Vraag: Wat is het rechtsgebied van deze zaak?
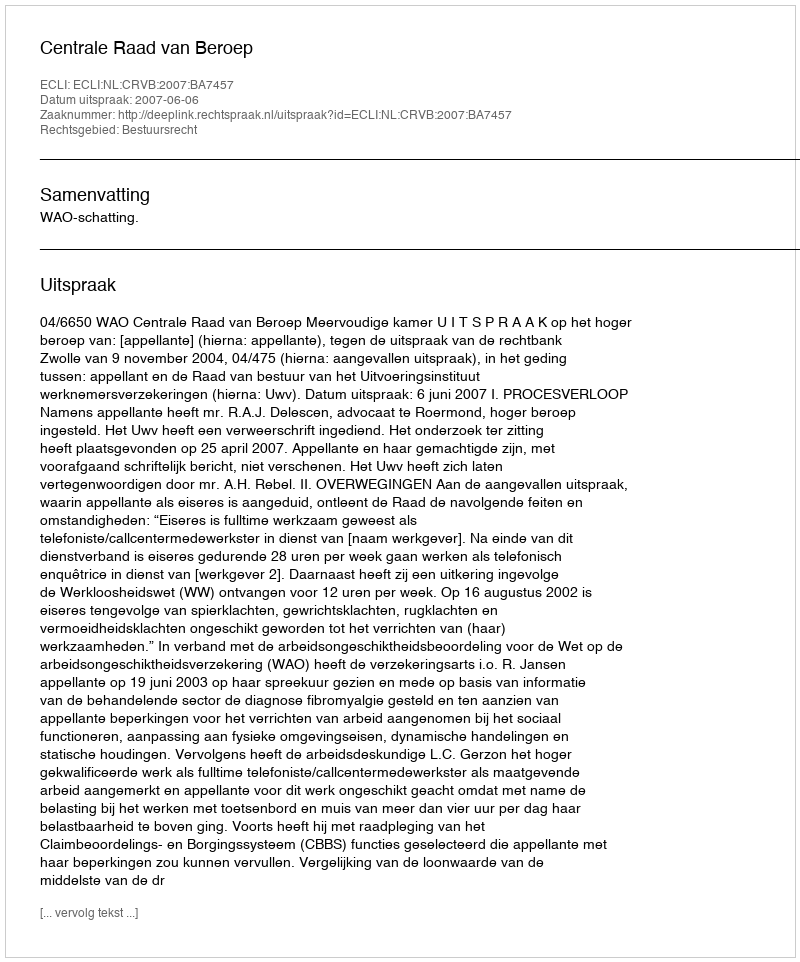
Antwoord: Bestuursrecht